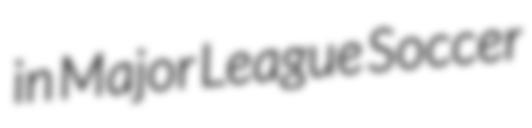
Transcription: in Major League Soccer